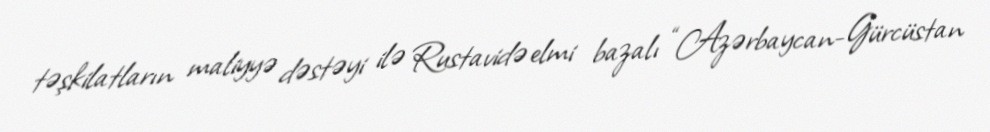
təşkilatların maliyyə dəstəyi ilə Rustavidə elmi bazalı “Azərbaycan-Gürcüstan